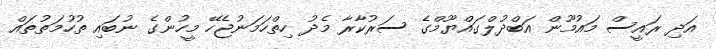
އަދި ރައީސް މައުމޫން އަބްދުލްގައްޔޫމްގެ ސަރުކާރާ މެދު ހިތްހަމަނުޖެހޭ މީހުންގެ ނުބައި ތުހުމަތުތައް